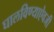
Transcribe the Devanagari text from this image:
घालविण्याऐवजी